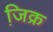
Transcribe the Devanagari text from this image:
जि़क्र